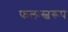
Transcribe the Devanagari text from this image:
फलःस्वरूप